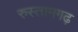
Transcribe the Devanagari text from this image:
रुस्तामगढ़